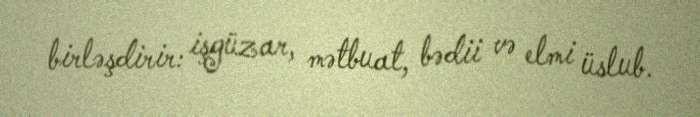
birləşdirir: işgüzar, mətbuat, bədii və elmi üslub.